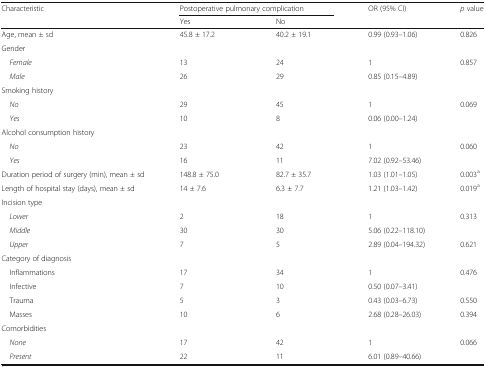
<table><thead><tr><td rowspan="2"><b>Characteristic</b></td><td colspan="2"><b>Postoperative pulmonary complication</b></td><td rowspan="2"><b>OR (95% CI)</b></td><td rowspan="2"><b><i>p</i> value</b></td></tr><tr><td><b>Yes</b></td><td><b>No</b></td></tr></thead><tbody><tr><td>Age, mean ± sd</td><td>45.8 ± 17.2</td><td>40.2 ± 19.1</td><td>0.99 (0.93–1.06)</td><td>0.826</td></tr><tr><td colspan="5">Gender</td></tr><tr><td> <i>Female</i></td><td>13</td><td>24</td><td>1</td><td rowspan="2">0.857</td></tr><tr><td> <i>Male</i></td><td>26</td><td>29</td><td>0.85 (0.15–4.89)</td></tr><tr><td colspan="5">Smoking history</td></tr><tr><td> <i>No</i></td><td>29</td><td>45</td><td>1</td><td rowspan="2">0.069</td></tr><tr><td> <i>Yes</i></td><td>10</td><td>8</td><td>0.06 (0.00–1.24)</td></tr><tr><td colspan="5">Alcohol consumption history</td></tr><tr><td> <i>No</i></td><td>23</td><td>42</td><td>1</td><td rowspan="2">0.060</td></tr><tr><td> <i>Yes</i></td><td>16</td><td>11</td><td>7.02 (0.92–53.46)</td></tr><tr><td>Duration period of surgery (min), mean ± sd</td><td>148.8 ± 75.0</td><td>82.7 ± 35.7</td><td>1.03 (1.01–1.05)</td><td>0.003<sup>a</sup></td></tr><tr><td>Length of hospital stay (days), mean ± sd</td><td>14 ± 7.6</td><td>6.3 ± 7.7</td><td>1.21 (1.03–1.42)</td><td>0.019<sup>a</sup></td></tr><tr><td colspan="5">Incision type</td></tr><tr><td> <i>Lower</i></td><td>2</td><td>18</td><td>1</td><td rowspan="2">0.313</td></tr><tr><td> <i>Middle</i></td><td>30</td><td>30</td><td>5.06 (0.22–118.10)</td></tr><tr><td> <i>Upper</i></td><td>7</td><td>5</td><td>2.89 (0.04–194.32)</td><td>0.621</td></tr><tr><td colspan="5">Category of diagnosis</td></tr><tr><td> Inflammations</td><td>17</td><td>34</td><td>1</td><td rowspan="2">0.476</td></tr><tr><td> Infective</td><td>7</td><td>10</td><td>0.50 (0.07–3.41)</td></tr><tr><td> Trauma</td><td>5</td><td>3</td><td>0.43 (0.03–6.73)</td><td>0.550</td></tr><tr><td> Masses</td><td>10</td><td>6</td><td>2.68 (0.28–26.03)</td><td>0.394</td></tr><tr><td colspan="5">Comorbidities</td></tr><tr><td> <i>None</i></td><td>17</td><td>42</td><td>1</td><td rowspan="2">0.066</td></tr><tr><td> <i>Present</i></td><td>22</td><td>11</td><td>6.01 (0.89–40.66)</td></tr></tbody></table>